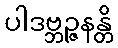
ပါဒဗ္ဘဉ္ဇနန္တိ